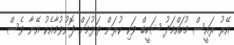
އޭރު ރައީސް މުހައްމަދު ޝަހީބް ވަކި ކުރަން ތަޅުމަށް ފޮނުވުމާއެކު އޭނާ ވެސް